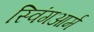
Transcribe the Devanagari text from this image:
स्विंगआर्म